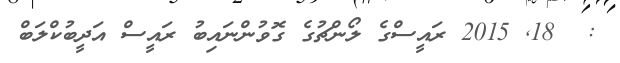
:  18